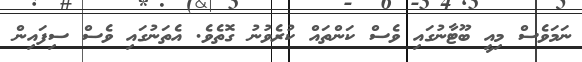
ނަމަވެސް މިއީ ބޫޓާނުގައި ވެސް ކަންތައް ކުރެވުނު ގޮތެވެ. އެތަނުގައި ވެސް ސިފައިން